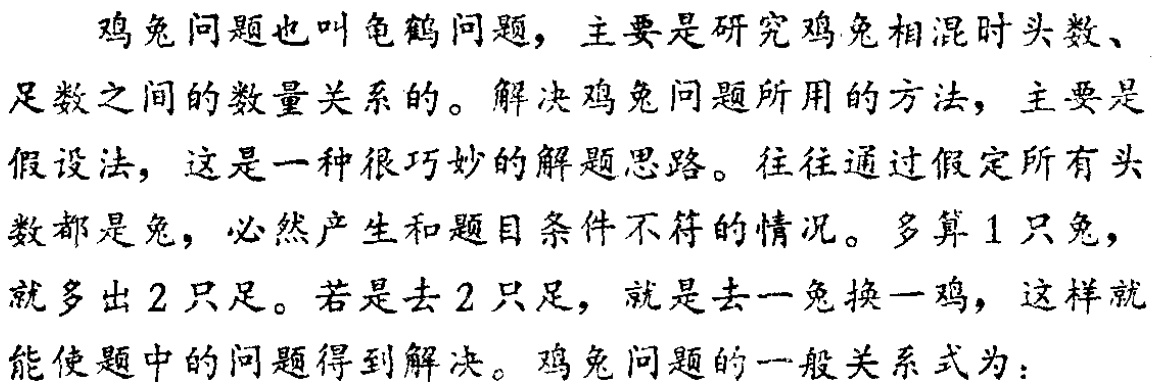
鸡兔问题也叫龟鹤问题，主要是研究鸡兔相混时头数、足数之间的数量关系的。解决鸡兔问题所用的方法，主要是假设法，这是一种很巧妙的解题思路。往往通过假定所有头数都是兔，必然产生和题目条件不符的情况。多算1只兔，就多出2只足。若是去2只足，就是去一兔换一鸡，这样就能使题中的问题得到解决。鸡兔问题的一般关系式为：